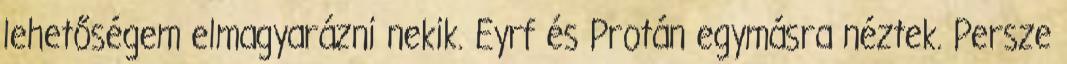
lehetőségem elmagyarázni nekik. Eyrf és Protán egymásra néztek. Persze